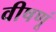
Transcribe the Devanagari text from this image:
वीषणूं